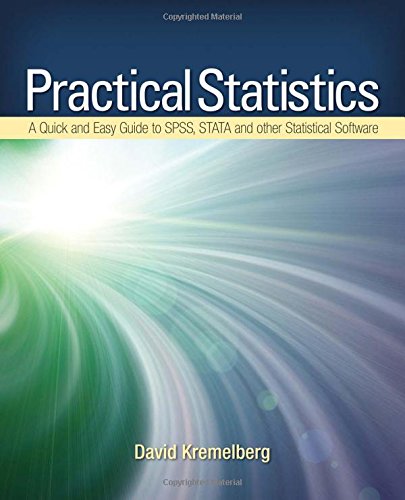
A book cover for Practical Statistics: A Quick and Easy Guide to IBMÂ® SPSSÂ® Statistics, STATA, and Other Statistical Software; David Kremelberg; Computers & Technology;